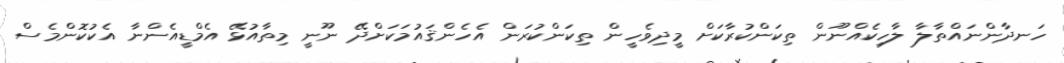
ހަނދާންނައްތާލާ ލާހިކެއްނޫން ތިކަންކުރާކަށް މީދިވެހީން ތިކަންކުރަން އެހެންޤައުމަކަށްދޭ ނޫނީ މިތާއުޅޭ އެމްޑީއެންނާ އެކުކޮންމެސް